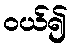
ဝယ်၍